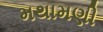
મથામણી